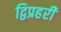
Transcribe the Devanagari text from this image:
द्विप्रहरी